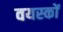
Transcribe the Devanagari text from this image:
वयस्‍कों